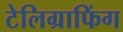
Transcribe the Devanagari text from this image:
टेलिग्राफिंग